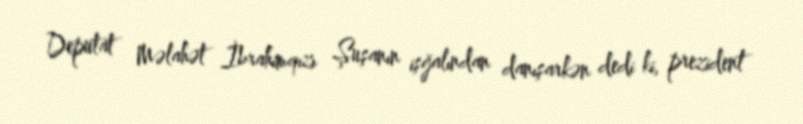
Deputat Məlahət İbrahimqızı Şuşanın işğalından danışarkən dedi ki, prezident